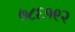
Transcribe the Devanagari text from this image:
७८६१९२